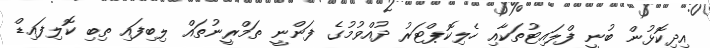
އިދިކޮޅުން ބުނީ ފްލައިޓުތަކާއި ހެލިކޮޕްޓަރު ދުއްވުމުގެ ފަންނީ ތަމްރީނުތައް ލިބިފައި ތިބި ކޮލިފައިޑް